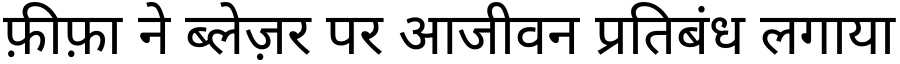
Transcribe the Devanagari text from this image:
फ़ीफ़ा ने ब्लेज़र पर आजीवन प्रतिबंध लगाया